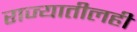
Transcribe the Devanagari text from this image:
राज्यातीलही